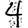
Digit: 4